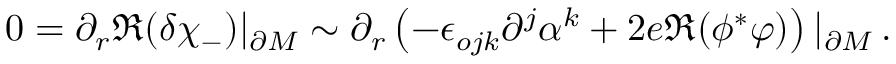
0 = \partial _ { r } \Re ( \delta \chi _ { - } ) | _ { \partial M } \sim \partial _ { r } \left( - \epsilon _ { o j k } \partial ^ { j } \alpha ^ { k } + 2 e \Re ( \phi ^ { * } \varphi ) \right) | _ { \partial M } \, .